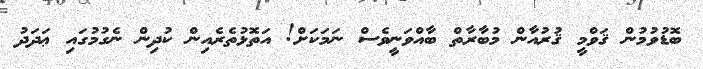
ބޮޑުވުމުން ޤަވްމީ ޤުރުއާން މުބާރާތް ބާއްވަނީވެސް ނަމަކަށް! އަތޮޅުތެރެއިން ކުދިން ނެގުމުގައި ޢަދަދު